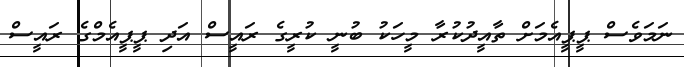
ނަމަވެސް ޕީޕީއެމަށް ތާއީދުކުރާ މީހަކު ބުނީ ކުރީގެ ރައީސް އަދި ޕީޕީއެމްގެ ރައީސް